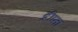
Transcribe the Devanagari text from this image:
द्रीप्ता